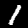
Digit: 1